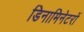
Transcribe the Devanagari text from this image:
डिनामिनेटरों